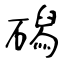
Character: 磶